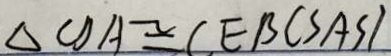
\Delta C D A \cong C E B ( S A S )